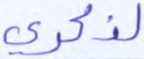
لذكري